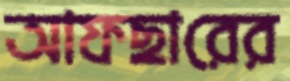
আফছারের